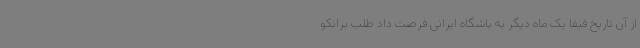
از آن تاریخ فیفا یک ماه دیگر به باشگاه ایرانی فرصت داد طلب برانکو